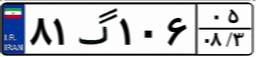
۴۰گ۸۴۱۹۶